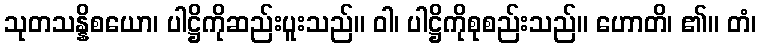
သုတသန္နိစယော၊ ပါဋ္ဌိကိုဆည်းပူးသည်။ ဝါ၊ ပါဋ္ဌိကိုစုစည်းသည်။ ဟောတိ၊ ၏။ တံ၊